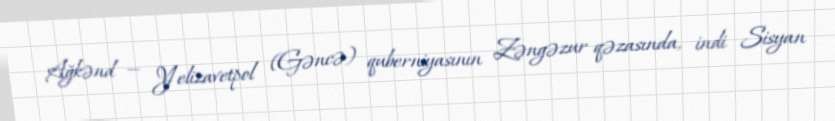
Ağkənd — Yelizavetpol (Gəncə) quberniyasının Zəngəzur qəzasında, indi Sisyan